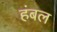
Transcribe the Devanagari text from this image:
हंबल